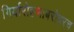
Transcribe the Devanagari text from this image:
गिर्यारोहणाबरोबरच